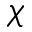
\chi